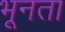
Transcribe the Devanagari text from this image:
भूनता